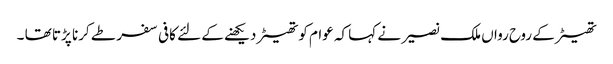
تھیٹر کے روح رواں ملک نصیر نے کہا کہ عوام کو تھیٹر دیکھنے کے لئے کافی سفر طے کرنا پڑتا تھا ۔